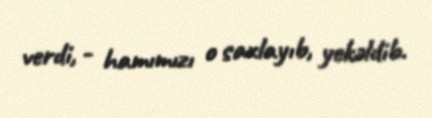
verdi, - hamımızı o saxlayıb, yekəldib.